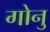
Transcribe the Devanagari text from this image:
गोनु